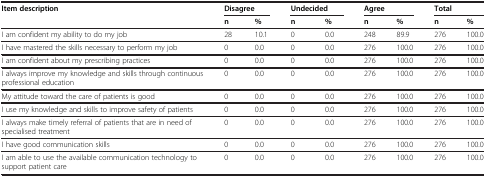
<table><thead><tr><td><b>Item description</b></td><td colspan="2"><b>Disagree</b></td><td colspan="2"><b>Undecided</b></td><td colspan="2"><b>Agree</b></td><td colspan="2"><b>Total</b></td></tr><tr><td><b> </b></td><td><b>n</b></td><td><b>%</b></td><td><b>n</b></td><td><b>%</b></td><td><b>n</b></td><td><b>%</b></td><td><b>n</b></td><td><b>%</b></td></tr></thead><tbody><tr><td>I am confident my ability to do my job</td><td>28</td><td>10.1</td><td>0</td><td>0.0</td><td>248</td><td>89.9</td><td>276</td><td>100.0</td></tr><tr><td>I have mastered the skills necessary to perform my job</td><td>0</td><td>0.0</td><td>0</td><td>0.0</td><td>276</td><td>100.0</td><td>276</td><td>100.0</td></tr><tr><td>I am confident about my prescribing practices</td><td>0</td><td>0.0</td><td>0</td><td>0.0</td><td>276</td><td>100.0</td><td>276</td><td>100.0</td></tr><tr><td>I always improve my knowledge and skills through continuous professional education</td><td>0</td><td>0.0</td><td>0</td><td>0.0</td><td>276</td><td>100.0</td><td>276</td><td>100.0</td></tr><tr><td>My attitude toward the care of patients is good</td><td>0</td><td>0.0</td><td>0</td><td>0.0</td><td>276</td><td>100.0</td><td>276</td><td>100.0</td></tr><tr><td>I use my knowledge and skills to improve safety of patients</td><td>0</td><td>0.0</td><td>0</td><td>0.0</td><td>276</td><td>100.0</td><td>276</td><td>100.0</td></tr><tr><td>I always make timely referral of patients that are in need of specialised treatment</td><td>0</td><td>0.0</td><td>0</td><td>0.0</td><td>276</td><td>100.0</td><td>276</td><td>100.0</td></tr><tr><td>I have good communication skills</td><td>0</td><td>0.0</td><td>0</td><td>0.0</td><td>276</td><td>100.0</td><td>276</td><td>100.0</td></tr><tr><td>I am able to use the available communication technology to support patient care</td><td>0</td><td>0.0</td><td>0</td><td>0.0</td><td>276</td><td>100.0</td><td>276</td><td>100.0</td></tr></tbody></table>